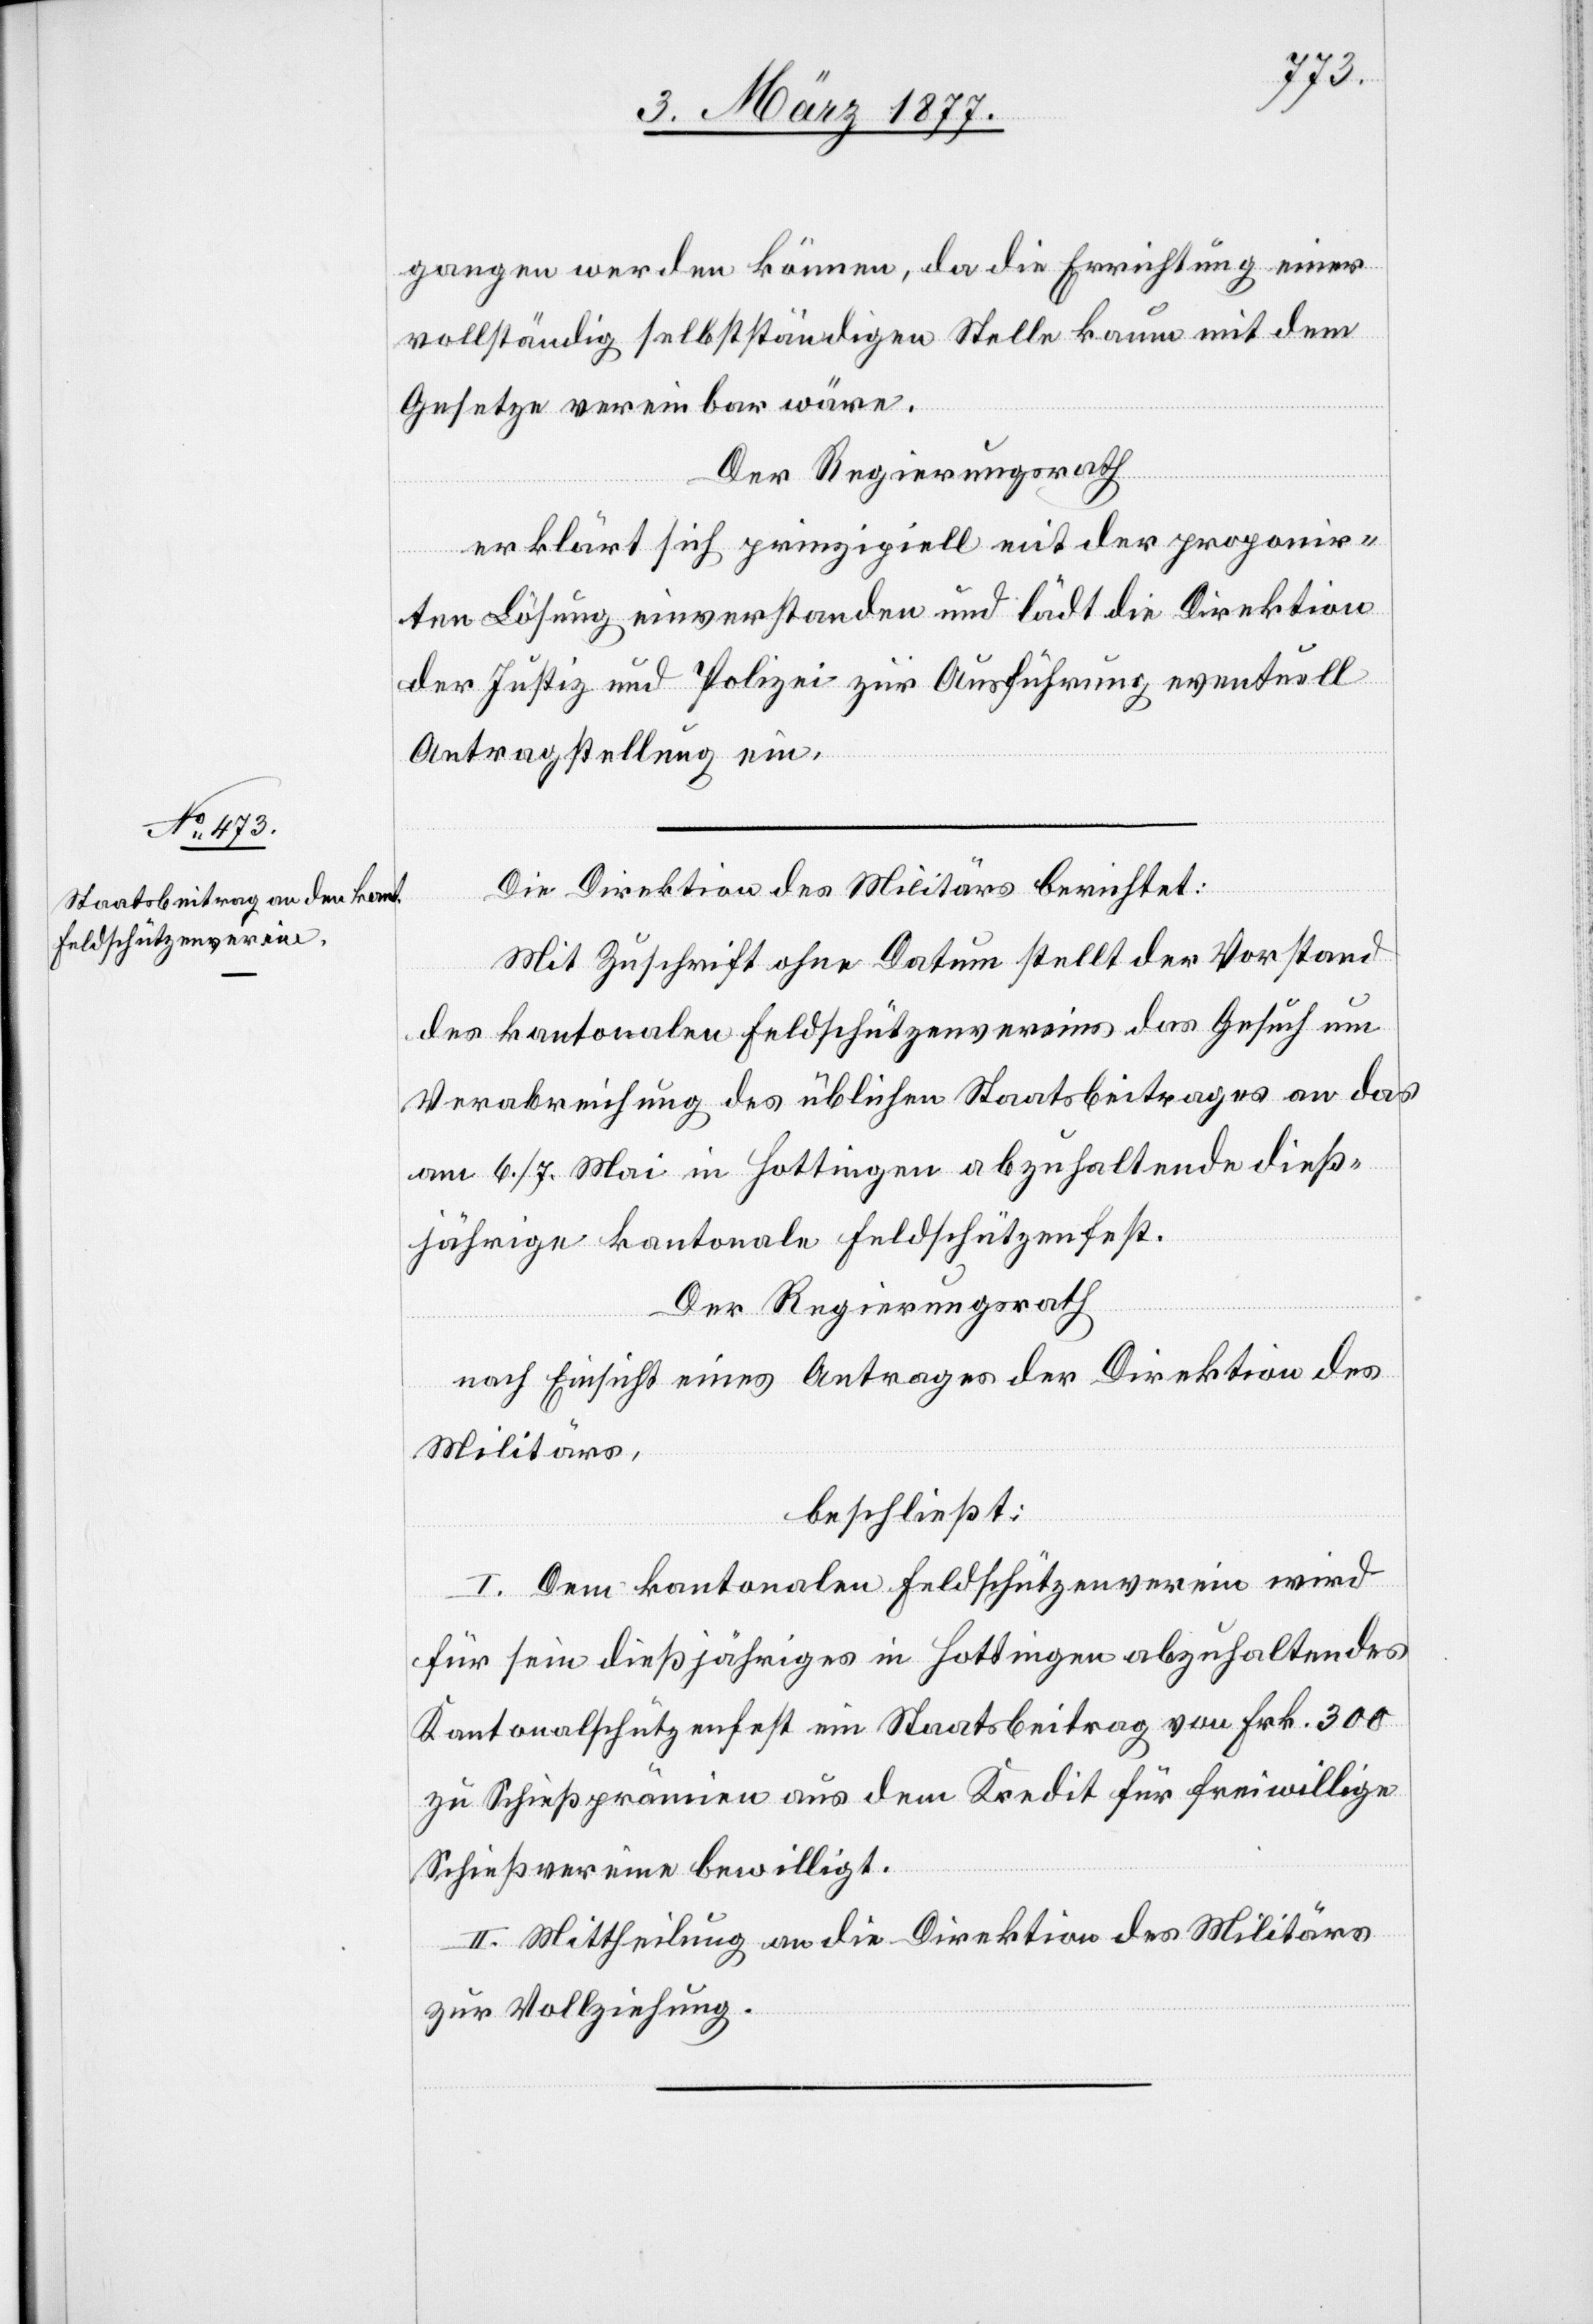
gangen werden können, da die Errichtung einer
vollständig selbstständigen Stelle kaum mit dem
Gesetze vereinbar wäre.
Der Regierungsrath,
erklärt sich prinzipiell mit der proponir¬
ten Lösung einverstanden und lädt die Direktion
der Justiz und Polizei zur Ausführung eventuell
Antragstellung ein.
Die Direktion des Militärs berichtet:
Mit Zuschrift ohne Datum stellt der Vorstand
des kantonalen Feldschützenvereins das Gesuch um
Verabreichung des üblichen Staatsbeitrages an das
am 6./7. Mai in Hottingen abzuhaltende dieß¬
jährige kantonale Feldschützenfest.
Der Regierungsrath
nach Einsicht eines Antrages der Direktion des
Militärs,
beschließt:
I. Dem kantonalen Feldschützenverein wird
für sein dießjähriges in Hottingen abzuhaltendes
Kantonalschützenfest ein Staatsbeitrag von Frk. 300
zu Schießprämien aus dem Kredit für freiwillige
Schießvereine bewilligt.
II. Mittheilung an die Direktion des Militärs
zur Vollziehung.